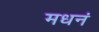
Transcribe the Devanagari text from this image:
मधनं